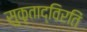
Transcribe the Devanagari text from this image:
सुकृताद्विरतिं